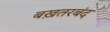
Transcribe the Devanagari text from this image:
बख़तरबंद